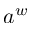
a ^ { w }